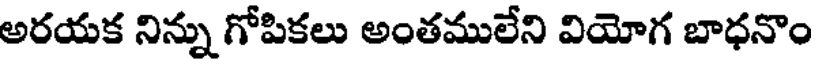
అరయక నిన్ను గోపికలు అంతములేని వియోగ బాధనొం